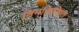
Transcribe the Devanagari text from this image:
निम्ंलिखित